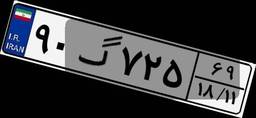
۵۶گ۷۵۶۷۸